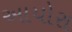
આયોરા